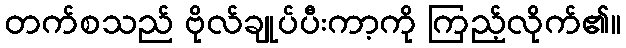
တက်စသည် ဗိုလ်ချုပ်ပီးကာ့ကို ကြည့်လိုက်၏။